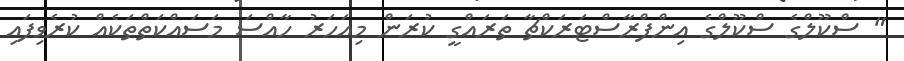
" ސްކޫލްގެ ސްކޫލްގެ އިންފްރާސްޓަރަކްޗާ ތަރައްގީ ކުރަން މިއަހަރު ހާއްސަ މަސައްކަތްތަކެއް ކުރެވިފައި